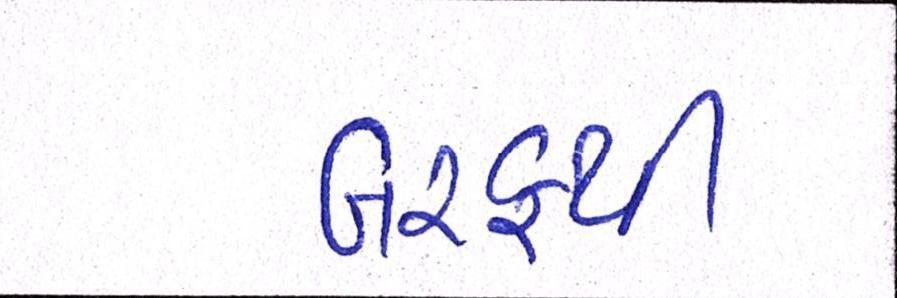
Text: બરફથી